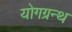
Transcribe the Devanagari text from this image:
योगग्रन्थ